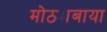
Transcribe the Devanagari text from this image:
मोठ्याबाया